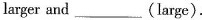
larger and___(large).